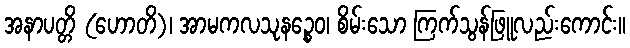
အနာပတ္တိ (ဟောတိ)၊ အာမကလသုနဉ္စေဝ၊ စိမ်းသော ကြက်သွန်ဖြူလည်းကောင်း။